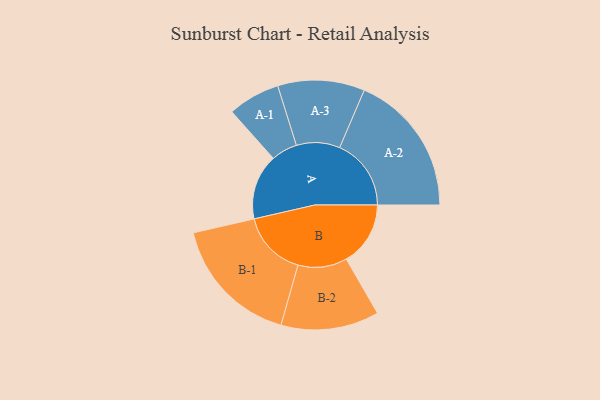
{"axis": {"x": "Segment", "y": "Value"}, "legend": ["", "A", "B"], "data": [{"x": "A", "y": 268, "type": ""}, {"x": "B", "y": 263, "type": ""}, {"x": "A-1", "y": 107, "type": "A"}, {"x": "A-2", "y": 293, "type": "A"}, {"x": "A-3", "y": 178, "type": "A"}, {"x": "B-1", "y": 269, "type": "B"}, {"x": "B-2", "y": 201, "type": "B"}]}